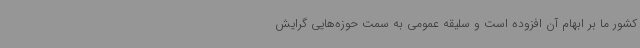
کشور ما بر ابهام آن افزوده است و سلیقه عمومی به سمت حوزه‌هایی گرایش